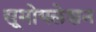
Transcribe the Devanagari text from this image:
सूमोयलेशन